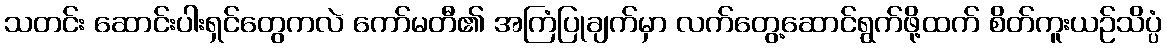
သတင်း ဆောင်းပါးရှင်တွေကလဲ ကော်မတီ၏ အကြံပြုချက်မှာ လက်တွေ့ဆောင်ရွက်ဖို့ထက် စိတ်ကူးယဉ်သိပ္ပံ